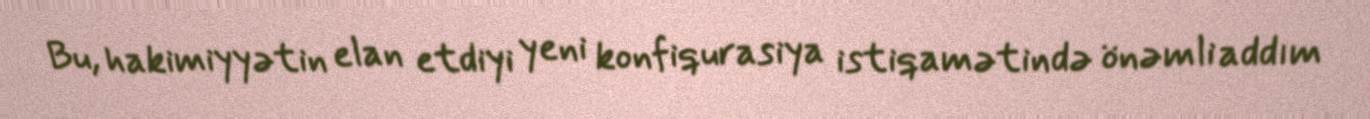
Bu, hakimiyyətin elan etdiyi yeni konfiqurasiya istiqamətində önəmli addım